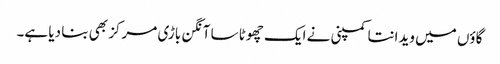
گاؤں میں ویدانتا کمپنی نے ایک چھوٹا سا آنگن باڑی مرکز بھی بنا دیا ہے۔